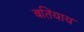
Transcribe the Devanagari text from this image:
बतियाय